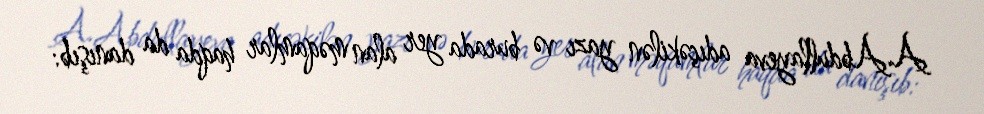
A.Abdullayeva adıçəkilən yazı və burada yer alan məqamlar haqda da danışıb: